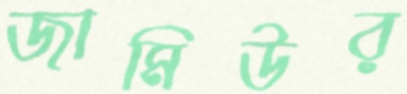
জামিউর